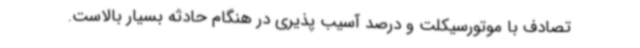
تصادف با موتورسیکلت و درصد آسیب پذیری در هنگام حادثه بسیار بالاست.